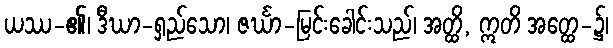
ယဿ-၏၊ ဒီဃာ-ရှည်သော၊ ဇင်္ဃာ-မြင်းခေါင်းသည်၊ အတ္ထိ, ဣတိ အတ္ထေ-၌၊